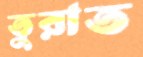
তুরাত